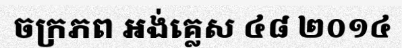
ចក្រភព អង់គ្លេស ៤៨ ២០១៤